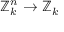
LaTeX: \mathbb { Z } _ { k } ^ { n } \to \mathbb { Z } _ { k }